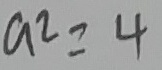
a ^ { 2 } = 4